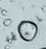
بالسلطة